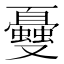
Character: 𠮕